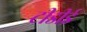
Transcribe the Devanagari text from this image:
टीडीई